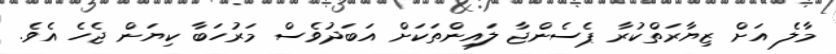
މާލެ އަށް ޒިޔާރަތްކުރާ ޕެސެންޖާ ލައިންތަކަށް އަބަދުވެސް މަރުހަބާ ކިޔަން ޖެހެ އެވެ.